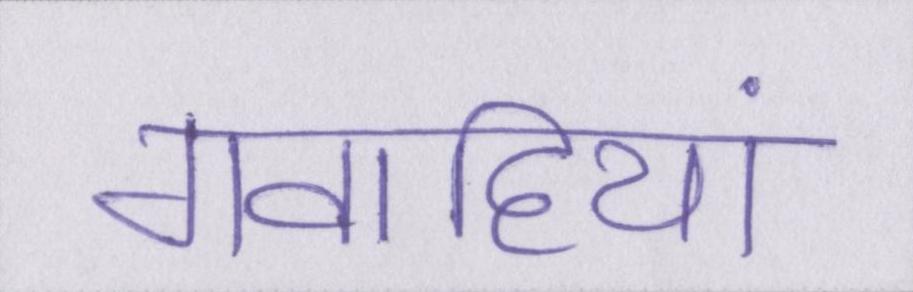
गवाहियां